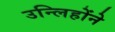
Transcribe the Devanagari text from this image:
उन्लिहोंने